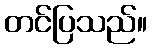
တင်ပြသည်။